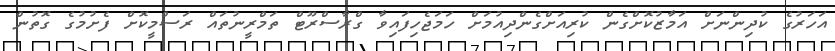
އަހަރުގެ ކުދިންނަށް އަމާޒުކޮށްގެން ކުރިއަށްގެންދިއުމަށް ހަމަޖެހިފައިވާ ގްރާސްރޫޓް ތަމްރީނުތައް ރަސްމީކޮށް ފެށުމުގެ ގޮތުން